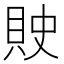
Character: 𰶽